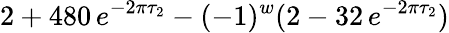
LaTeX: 2+480\, e^{-2\pi\tau_{2}}-(-1)^{w}(2-32\, e^{-2\pi\tau_{2}})